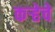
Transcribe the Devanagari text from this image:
कऱ्हेचे